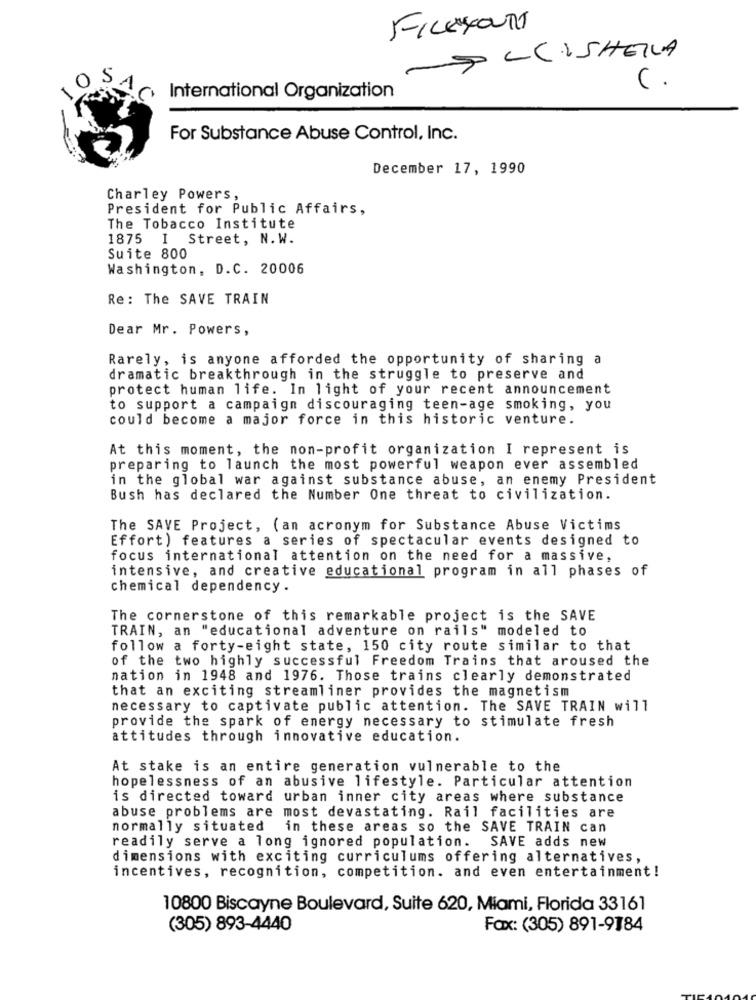
FILESYOUR
ALCISHEILA
C.
International Organization
For Substance Abuse Control, Inc.
December 17, 1990
Charley Powers,
President for Public Affairs,
The Tobacco Institute
1875 I Street, N.W.
Suite 800
Washington, D.C. 20006
Re: The SAVE TRAIN
Dear Mr. Powers,
Rarely, is anyone afforded the opportunity of sharing a
dramatic breakthrough in the struggle to preserve and
protect human life. In light of your recent announcement
to support a campaign discouraging teen-age smoking, you
could become a major force in this historic venture.
At this moment, the non-profit organization I represent is
preparing to launch the most powerful weapon ever assembled
in the global war against substance abuse, an enemy President
Bush has declared the Number One threat to civilization.
The SAVE Project, (an acronym for Substance Abuse Victims
Effort) features a series of spectacular events designed to
focus international attention on the need for a massive,
intensive, and creative educational program in all phases of
chemical dependency.
The cornerstone of this remarkable project is the SAVE
TRAIN, an "educational adventure on rails" modeled to
follow a forty-eight state, 150 city route similar to that
of the two highly successful Freedom Trains that aroused the
nation in 1948 and 1976. Those trains clearly demonstrated
that an exciting streamliner provides the magnetism
necessary to captivate public attention. The SAVE TRAIN will
provide the spark of energy necessary to stimulate fresh
attitudes through innovative education.
At stake is an entire generation vulnerable to the
hopelessness of an abusive lifestyle. Particular attention
is directed toward urban inner city areas where substance
abuse problems are most devastating. Rail facilities are
normally situated in these areas so the SAVE TRAIN can
readily serve a long ignored population.
SAVE adds new
dimensions with exciting curriculums offering alternatives,
incentives, recognition, competition. and even entertainment!
10800 Biscayne Boulevard, Suite 620, Miami, Florida 33161
(305) 893-4440
Fax: (305) 891-9184